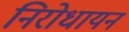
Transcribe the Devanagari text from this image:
निरोधायन